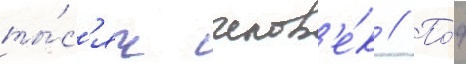
ты́с'яч челов'е́к // По́д